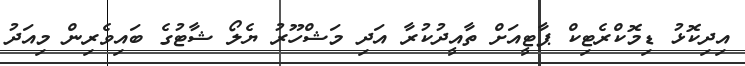
އިދިކޮޅު ޑިމޮކްރެޓިކް ޕާޓީއަށް ތާއީދުކުރާ އަދި މަޝްހޫރު ޔެލޯ ޝާޓުގެ ބައިވެރިން މިއަދު